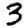
Digit: 3